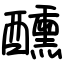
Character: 醺